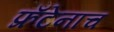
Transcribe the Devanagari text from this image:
फ्रँटेनाच